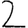
Digit: 2